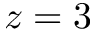
z = 3